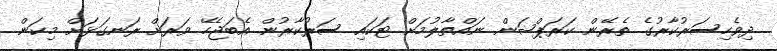
ދިވެހިސަރުކާރުގެ ތެރޭން ކަރަޕްޝަން ނައްތާލުމަށް ޓަކައި ސަރުކާރުން އެބަޖެހޭ ވަރަށް ރަނގަޅަށް މިކަން